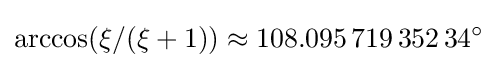
\arccos(\xi /(\xi +1))\approx 108.095\,719\,352\,34^{\circ }